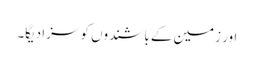
اور زمین کے باشندوں کو سزا دیگا۔